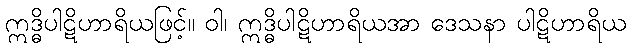
ဣဒ္ဓိပါဋိဟာရိယဖြင့်။ ဝါ၊ ဣဒ္ဓိပါဋိဟာရိယအာ ဒေသနာ ပါဋိဟာရိယ